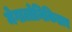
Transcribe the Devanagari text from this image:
मेगालोनिकिडाए